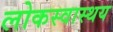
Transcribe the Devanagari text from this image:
लोकस्वास्थय